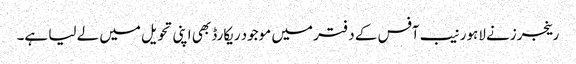
رینجرزنے لاہور نیب آفس کے دفتر میں موجود ریکارڈ بھی اپنی تحویل میں لے لیا ہے۔